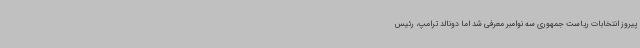
پیروز انتخابات ریاست جمهوری سه نوامبر معرفی شد اما دونالد ترامپ، رئیس